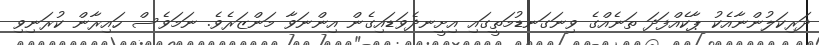
ދަރިކަލުންނާއެކު ޕާކެއްފަދަ ތަނެއްގެ ވިނަގަނޑުމަތީގައި އިށީނދެވަޑައިގެން އިންނަވާ މަންޒަރެވެ. ނަމަވެސް ހައިރާން ކުރަނިވި